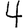
Digit: 4